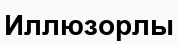
Иллюзорлы